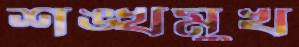
শঙ্খমুখ